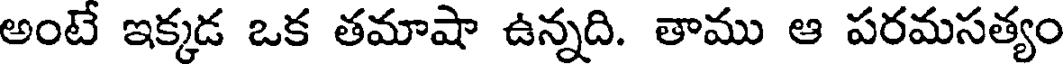
అంటే ఇక్కడ ఒక తమాషా ఉన్నది. తాము ఆ పరమసత్యం